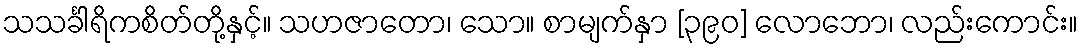
သသင်္ခါရိကစိတ်တို့နှင့်။ သဟဇာတော၊ သော။ စာမျက်နှာ [၃၉၀] လောဘော၊ လည်းကောင်း။